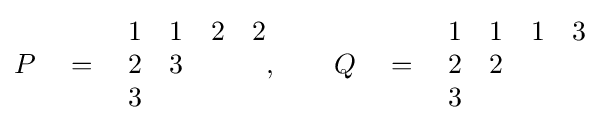
P\quad =\quad {\begin{matrix}1&1&2&2\\2&3\\3\end{matrix}},\qquad Q\quad =\quad {\begin{matrix}1&1&1&3\\2&2\\3\end{matrix}}